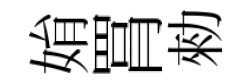
姢罥勑